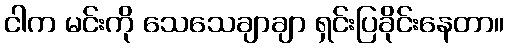
ငါက မင်းကို သေသေချာချာ ရှင်းပြခိုင်းနေတာ။